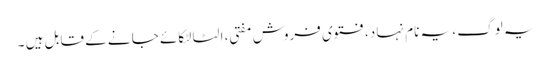
یہ لوگ ، یہ نام نہا د، فتوی فروش مفتی ، الٹا لٹکائے جا نے کے قابل ہیں ۔